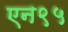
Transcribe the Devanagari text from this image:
एन९५